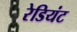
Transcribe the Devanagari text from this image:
रेडियंट